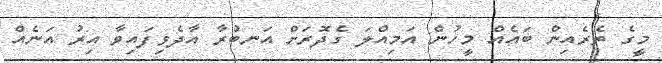
މީގެ ތެރެއިން ބައެއް މީހުން އަމިއްލަ ގެދޮރަށް އަނބުރާ އާދެވިފައިވާ އިރު އަނެއް